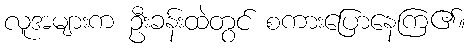
လူအများက ဦးခန်းထဲတွင် စကားပြောနေကြ၏။